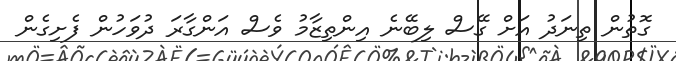
ގޮތުން ތިނަދު އަށް ގޭސް ލިބޭނެ އިންތިޒާމު ވެސް އަންގާރަ ދުވަހުން ފެށިގެން